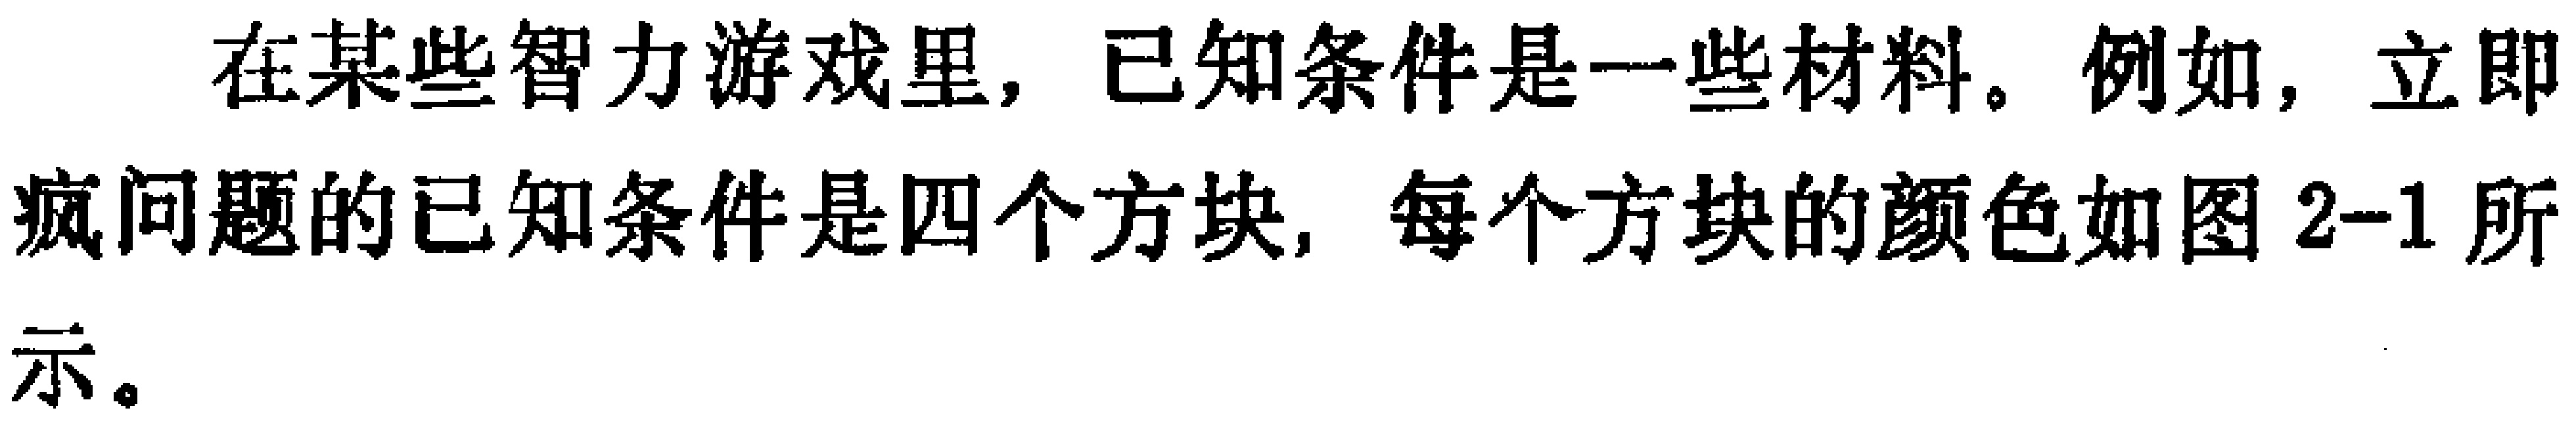
在某些智力游戏里，已知条件是一些材料。例如，立即\\疯问题的已知条件是四个方块，每个方块的颜色如图2-1所\\示。